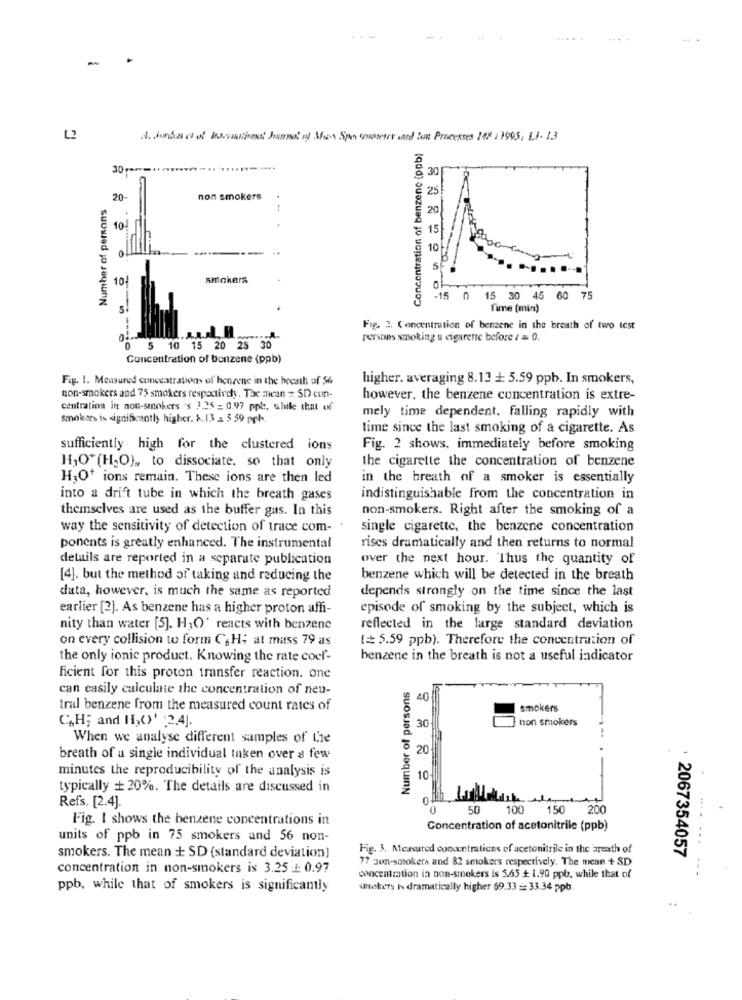
L2
4. Junbas of Stations Journal of Mas Spar sametre and Ron Processes 148 1 1995, 11- 13
Concentration of benzene (ppb)
30 -***** ********-
30
25
Number of persons
20
non smokers
20
10
15
...
0
---
10
5
10
smokers
15 0 15 30 45 60 75
s!
Time (min)
Fig. 2. Concentration of benzene in the breath of two test
persons smoking a cigarette before / = 0.
0 5 10 15 20 25 30
Concentration of benzene (ppb)
Fig. 1. Measured concentrations of hendene in the breath of 56
higher. averaging 8.13 + 5.59 ppb. In smokers,
non-smokers and 75 smokers respectively. The diean x SD cun-
however, the benzene concentration is extre-
centration in non-smokers 's 3,25 = 0.97 ppb. while that of
smokers is significantly higher. &. 13 - 5 59 pgh.
mely time dependent. falling rapidly with
time since the last smoking of a cigarette. As
sufficiently high for the clustered ions
Fig. 2 shows, immediately before smoking
the cigarette the concentration of benzene
H,O+(H;O) ,, to dissociate. so that only
H,O+ ions remain. These ions are then led
in the breath of a smoker is essentially
into a drift tube in which the breath gases
indistinguishable from the concentration in
themselves are used as the buffer gas. In this
non-smokers. Right after the smoking of a
way the sensitivity of detection of trace com-
single cigarette, the benzene concentration
ponents is greatly enhanced. The instrumental
rises dramatically and then returns to normal
details are reported in a separate publication
over the next hour. Thus the quantity of
[4]. but the method of taking and reducing the
benzene which will be detected in the breath
data, however, is much the same as reported
depends strongly on the time since the last
earlier [2]. As benzene has a higher proton affi-
episode of smoking by the subject, which is
nity than water [5]. HO' reacts with benzene
reflected in the large standard deviation
on every collision to form CH; at mass 79 as
(= 5.59 ppb). Therefore the concentration of
the only ionic product. Knowing the rate coef-
benzene in the breath is not a useful indicator
ficient for this proton transfer reaction. one
can easily calculate the concentration of neu-
Number of persons
40
tral benzene from the measured count rates of
smokers
CAH; and H,()' :2,4].
non smokers
30
When we analyse different samples of the
20
breath of a single individual Inken over a few
minutes the reproducibility of the analysis is
10
typically + 20%. The details are discussed in
0
Refs. [2.4].
50
100 150 200
Fig. I shows the benzene concentrations in
Concentration of acetonitrile (ppb)
units of ppb in 75 smokers and 56 non-
Fig. 3. Measured concentrations of acetonitrile in the breath of
smokers. The mean + SD (standard deviation]
77 zon-smokers and 82 smokers respectively. The mean + SD
2067354057
concentration in non-smokers is 3.25 -1: 0.97
concentration in non-smokers is 5.65 + 1.90 ppb, while that of
ppb, while that of smokers is significantly
itekers is dramatically higher 69.33 = 33.34 ppb